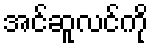
အင်ဆူလင်ကို